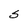
Character: s